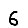
Digit: 6